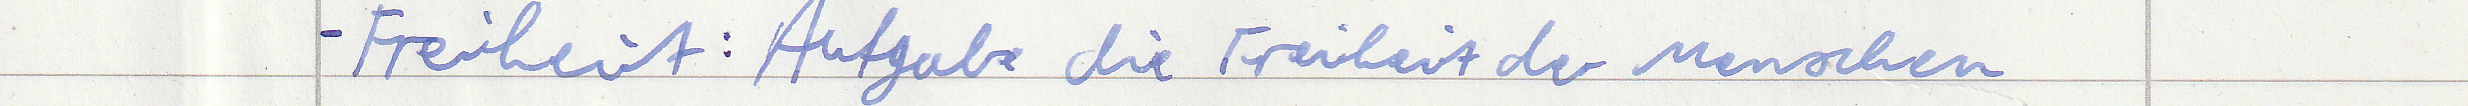
- Freiheit: Aufgabe die Freiheit der Menschen